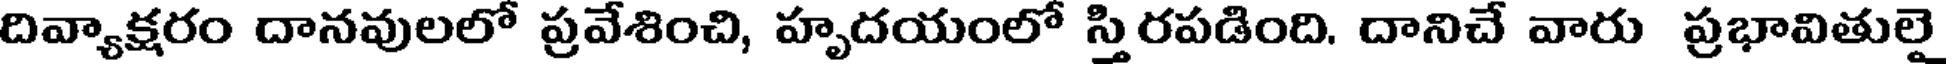
దివ్యాక్షరం దానవులలో ప్రవేశించి, హృదయంలో స్తిరపడింది. దానిచే వారు ప్రభావితులై